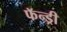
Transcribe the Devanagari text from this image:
फॅन्ड्री